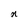
Character: n